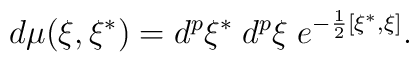
d\mu (\xi ,\xi ^{*})=d^p\xi ^{*}\;d^p\xi \;e^{-\frac 12[\xi ^{*},\xi ]}.